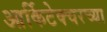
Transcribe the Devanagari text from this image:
आर्किटेक्चरच्या